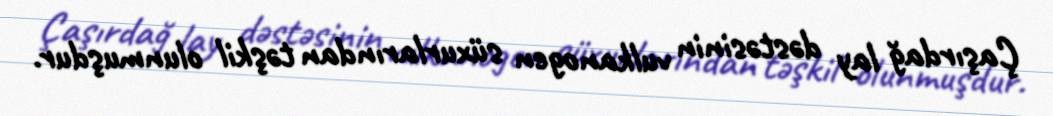
Çaşırdağ lay dəstəsinin vulkanogen süxurlarından təşkil olunmuşdur.